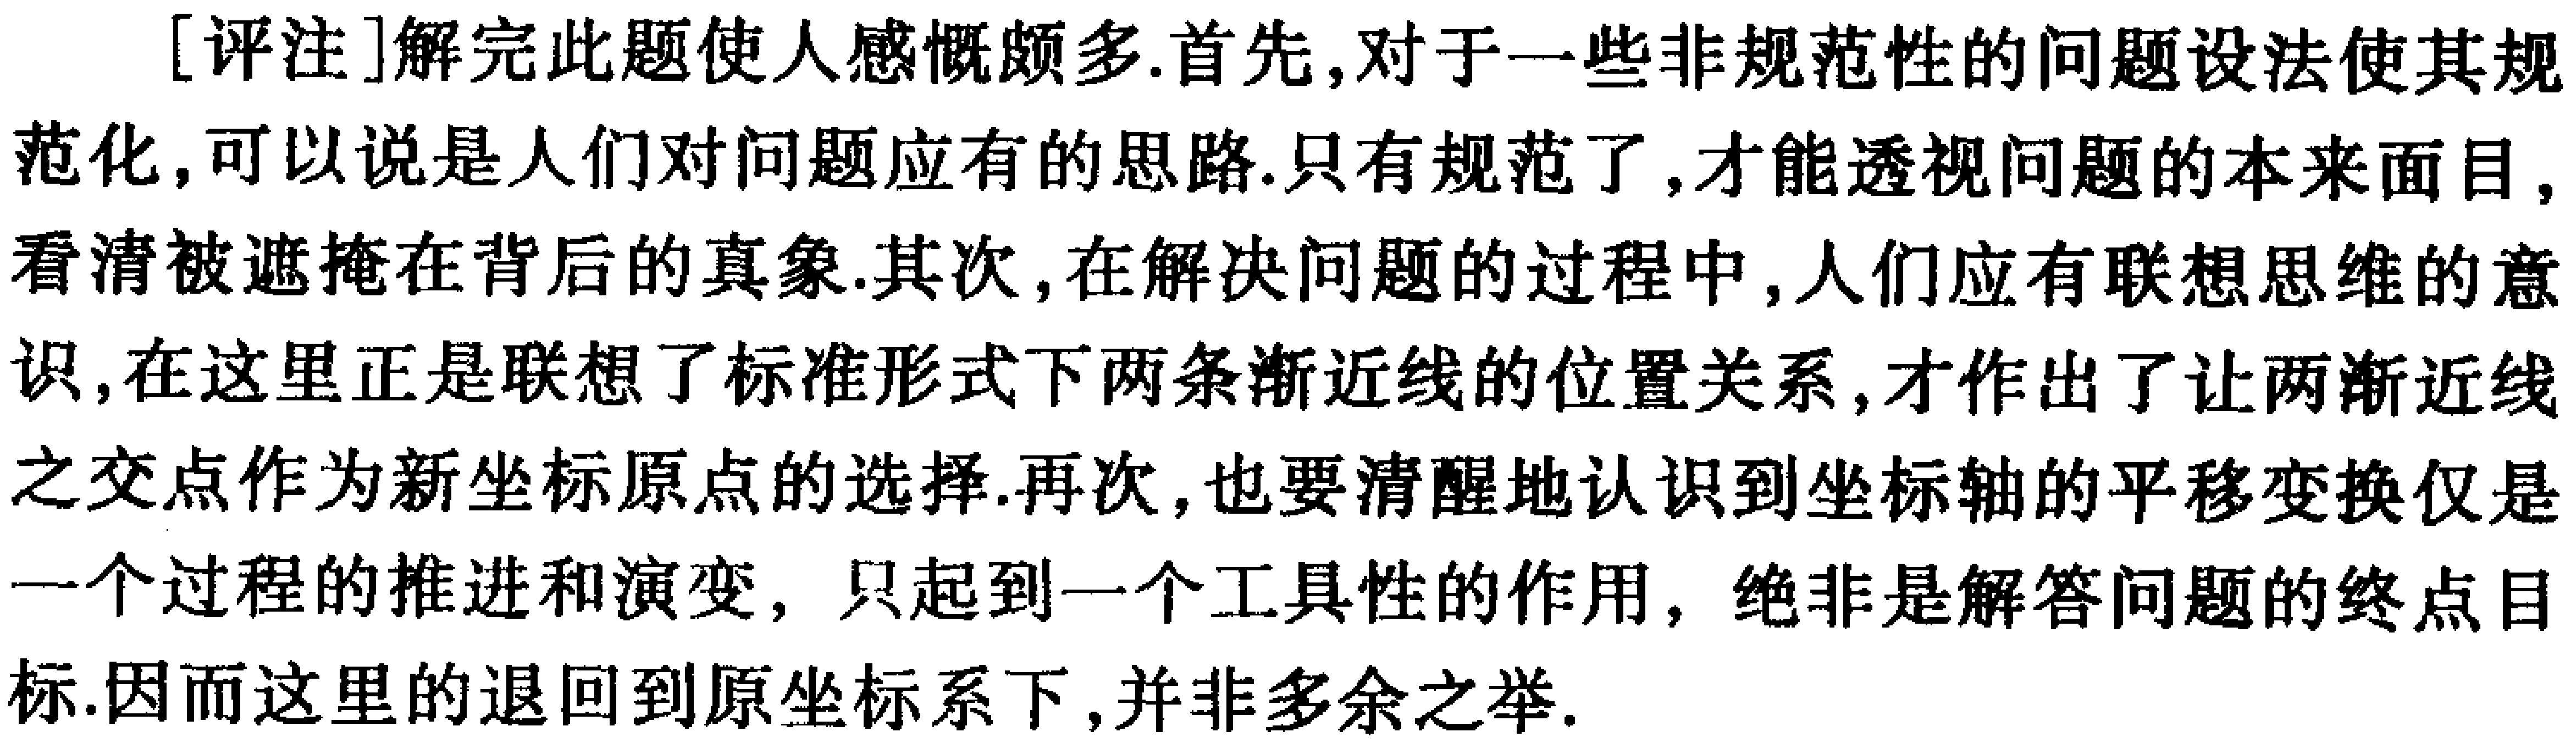
[评注]解完此题使人感慨颇多.首先,对于一些非规范性的问题设法使其规范化,可以说是人们对问题应有的思路.只有规范了,才能透视问题的本来面目,看清被遮掩在背后的真象.其次,在解决问题的过程中,人们应有联想思维的意识,在这里正是联想了标准形式下两条渐近线的位置关系,才作出了让两渐近线之交点作为新坐标原点的选择.再次,也要清醒地认识到坐标轴的平移变换仅是一个过程的推进和演变, 只起到一个工具性的作用, 绝非是解答问题的终点目标.因而这里的退回到原坐标系下,并非多余之举.